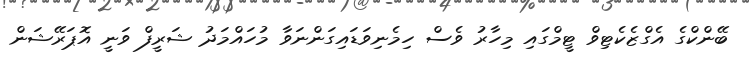
ބޭންކްގެ އެގްޒެކެޓިވް ޓީމްގައި މިހާރު ވެސް ހިމެނިވަޑައިގަންނަވާ މުހައްމަދު ޝަރީފް ވަނީ އޮޮޕަރޭޝަން